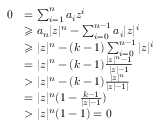
\begin{array} { r l } { 0 } & { = \sum _ { i = 1 } ^ { n } a _ { i } z ^ { i } } \\ & { \geqslant a _ { n } | z | ^ { n } - \sum _ { i = 0 } ^ { n - 1 } a _ { i } | z | ^ { i } } \\ & { \geqslant | z | ^ { n } - ( k - 1 ) \sum _ { i = 0 } ^ { n - 1 } | z | ^ { i } } \\ & { = | z | ^ { n } - ( k - 1 ) \frac { | z | ^ { n } - 1 } { | z | - 1 } } \\ & { > | z | ^ { n } - ( k - 1 ) \frac { | z | ^ { n } } { | z | - 1 | } } \\ & { = | z | ^ { n } ( 1 - \frac { k - 1 } { | z | - 1 } ) } \\ & { > | z | ^ { n } ( 1 - 1 ) = 0 } \end{array}